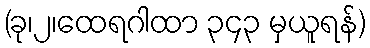
(ခု၊၂၊ထေရဂါထာ ၃၄၃ မှယူရန်)